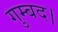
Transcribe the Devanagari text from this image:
गुम्बद।